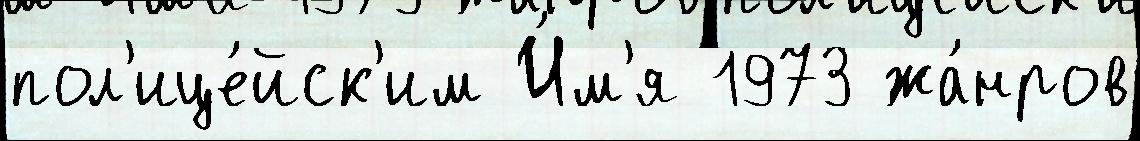
пол'ице́йск'им И́м'я 1973 жа́нров